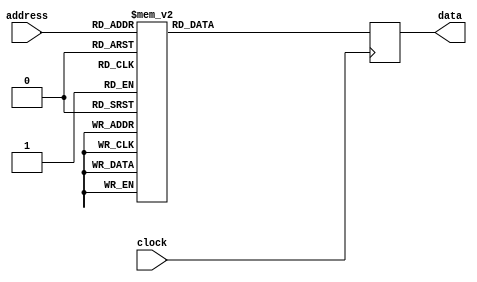
`default_nettype none 
module charRom ( input wire        clock,
                 input wire [9:0] address,
                 output reg [7:0]  data);

  always @(posedge clock)
  begin
    case (address)
      10'h008 : data <= 8'h7E;
      10'h009 : data <= 8'h81;
      10'h00A : data <= 8'hA5;
      10'h00B : data <= 8'h81;
      10'h00C : data <= 8'hBD;
      10'h00D : data <= 8'h99;
      10'h00E : data <= 8'h81;
      10'h00F : data <= 8'h7E;
      10'h010 : data <= 8'h7E;
      10'h011 : data <= 8'hFF;
      10'h012 : data <= 8'hDB;
      10'h013 : data <= 8'hFF;
      10'h014 : data <= 8'hC3;
      10'h015 : data <= 8'hE7;
      10'h016 : data <= 8'hFF;
      10'h017 : data <= 8'h7E;
      10'h018 : data <= 8'h44;
      10'h019 : data <= 8'hEE;
      10'h01A : data <= 8'hFE;
      10'h01B : data <= 8'hFE;
      10'h01C : data <= 8'h7C;
      10'h01D : data <= 8'h38;
      10'h01E : data <= 8'h10;
      10'h020 : data <= 8'h10;
      10'h021 : data <= 8'h38;
      10'h022 : data <= 8'h7C;
      10'h023 : data <= 8'hFE;
      10'h024 : data <= 8'h7C;
      10'h025 : data <= 8'h38;
      10'h026 : data <= 8'h10;
      10'h028 : data <= 8'h18;
      10'h029 : data <= 8'h3C;
      10'h02A : data <= 8'hDB;
      10'h02B : data <= 8'hFF;
      10'h02C : data <= 8'hDB;
      10'h02D : data <= 8'h18;
      10'h02E : data <= 8'h3C;
      10'h030 : data <= 8'h18;
      10'h031 : data <= 8'h3C;
      10'h032 : data <= 8'h7E;
      10'h033 : data <= 8'hFF;
      10'h034 : data <= 8'h7E;
      10'h035 : data <= 8'h18;
      10'h036 : data <= 8'h3C;
      10'h03A : data <= 8'h3C;
      10'h03B : data <= 8'h3C;
      10'h03C : data <= 8'h3C;
      10'h03D : data <= 8'h3C;
      10'h040 : data <= 8'hFF;
      10'h041 : data <= 8'hFF;
      10'h042 : data <= 8'hC3;
      10'h043 : data <= 8'hC3;
      10'h044 : data <= 8'hC3;
      10'h045 : data <= 8'hC3;
      10'h046 : data <= 8'hFF;
      10'h047 : data <= 8'hFF;
      10'h049 : data <= 8'h7E;
      10'h04A : data <= 8'h42;
      10'h04B : data <= 8'h42;
      10'h04C : data <= 8'h42;
      10'h04D : data <= 8'h42;
      10'h04E : data <= 8'h7E;
      10'h050 : data <= 8'hFF;
      10'h051 : data <= 8'h81;
      10'h052 : data <= 8'hBD;
      10'h053 : data <= 8'hBD;
      10'h054 : data <= 8'hBD;
      10'h055 : data <= 8'hBD;
      10'h056 : data <= 8'h81;
      10'h057 : data <= 8'hFF;
      10'h058 : data <= 8'h0F;
      10'h059 : data <= 8'h07;
      10'h05A : data <= 8'h07;
      10'h05B : data <= 8'h7D;
      10'h05C : data <= 8'hCC;
      10'h05D : data <= 8'hCC;
      10'h05E : data <= 8'hCC;
      10'h05F : data <= 8'h78;
      10'h060 : data <= 8'h78;
      10'h061 : data <= 8'hCC;
      10'h062 : data <= 8'hCC;
      10'h063 : data <= 8'hCC;
      10'h064 : data <= 8'h78;
      10'h065 : data <= 8'h30;
      10'h066 : data <= 8'hFC;
      10'h067 : data <= 8'h30;
      10'h068 : data <= 8'h1F;
      10'h069 : data <= 8'h33;
      10'h06A : data <= 8'h3F;
      10'h06B : data <= 8'h30;
      10'h06C : data <= 8'h30;
      10'h06D : data <= 8'h70;
      10'h06E : data <= 8'hF0;
      10'h06F : data <= 8'hE0;
      10'h070 : data <= 8'h3F;
      10'h071 : data <= 8'h63;
      10'h072 : data <= 8'h7F;
      10'h073 : data <= 8'h63;
      10'h074 : data <= 8'h63;
      10'h075 : data <= 8'h67;
      10'h076 : data <= 8'hE6;
      10'h077 : data <= 8'hC0;
      10'h078 : data <= 8'hDB;
      10'h079 : data <= 8'hDB;
      10'h07A : data <= 8'h3C;
      10'h07B : data <= 8'hE7;
      10'h07C : data <= 8'hE7;
      10'h07D : data <= 8'h3C;
      10'h07E : data <= 8'hDB;
      10'h07F : data <= 8'hDB;
      10'h080 : data <= 8'hC0;
      10'h081 : data <= 8'hF0;
      10'h082 : data <= 8'hF8;
      10'h083 : data <= 8'hFE;
      10'h084 : data <= 8'hF8;
      10'h085 : data <= 8'hF0;
      10'h086 : data <= 8'hC0;
      10'h088 : data <= 8'h06;
      10'h089 : data <= 8'h1E;
      10'h08A : data <= 8'h3E;
      10'h08B : data <= 8'hFE;
      10'h08C : data <= 8'h3E;
      10'h08D : data <= 8'h1E;
      10'h08E : data <= 8'h06;
      10'h090 : data <= 8'h30;
      10'h091 : data <= 8'h78;
      10'h092 : data <= 8'hFC;
      10'h093 : data <= 8'h30;
      10'h094 : data <= 8'h30;
      10'h095 : data <= 8'hFC;
      10'h096 : data <= 8'h78;
      10'h097 : data <= 8'h30;
      10'h098 : data <= 8'h6C;
      10'h099 : data <= 8'h6C;
      10'h09A : data <= 8'h6C;
      10'h09B : data <= 8'h6C;
      10'h09C : data <= 8'h6C;
      10'h09E : data <= 8'h6C;
      10'h0A0 : data <= 8'h7F;
      10'h0A1 : data <= 8'hDB;
      10'h0A2 : data <= 8'hDB;
      10'h0A3 : data <= 8'hDB;
      10'h0A4 : data <= 8'h7B;
      10'h0A5 : data <= 8'h1B;
      10'h0A6 : data <= 8'h1B;
      10'h0A8 : data <= 8'h3C;
      10'h0A9 : data <= 8'h60;
      10'h0AA : data <= 8'h3C;
      10'h0AB : data <= 8'h66;
      10'h0AC : data <= 8'h66;
      10'h0AD : data <= 8'h3C;
      10'h0AE : data <= 8'h06;
      10'h0AF : data <= 8'h3C;
      10'h0B4 : data <= 8'hFE;
      10'h0B5 : data <= 8'hFE;
      10'h0B6 : data <= 8'hFE;
      10'h0B8 : data <= 8'h18;
      10'h0B9 : data <= 8'h3C;
      10'h0BA : data <= 8'h7E;
      10'h0BB : data <= 8'h18;
      10'h0BC : data <= 8'h7E;
      10'h0BD : data <= 8'h3C;
      10'h0BE : data <= 8'h18;
      10'h0BF : data <= 8'h7E;
      10'h0C0 : data <= 8'h30;
      10'h0C1 : data <= 8'h78;
      10'h0C2 : data <= 8'hFC;
      10'h0C3 : data <= 8'h30;
      10'h0C4 : data <= 8'h30;
      10'h0C5 : data <= 8'h30;
      10'h0C6 : data <= 8'h30;
      10'h0C8 : data <= 8'h30;
      10'h0C9 : data <= 8'h30;
      10'h0CA : data <= 8'h30;
      10'h0CB : data <= 8'h30;
      10'h0CC : data <= 8'hFC;
      10'h0CD : data <= 8'h78;
      10'h0CE : data <= 8'h30;
      10'h0D1 : data <= 8'h08;
      10'h0D2 : data <= 8'h0C;
      10'h0D3 : data <= 8'hFE;
      10'h0D4 : data <= 8'h0C;
      10'h0D5 : data <= 8'h08;
      10'h0D9 : data <= 8'h20;
      10'h0DA : data <= 8'h60;
      10'h0DB : data <= 8'hFE;
      10'h0DC : data <= 8'h60;
      10'h0DD : data <= 8'h20;
      10'h0E2 : data <= 8'hC0;
      10'h0E3 : data <= 8'hC0;
      10'h0E4 : data <= 8'hFE;
      10'h0E9 : data <= 8'h24;
      10'h0EA : data <= 8'h42;
      10'h0EB : data <= 8'hFF;
      10'h0EC : data <= 8'h42;
      10'h0ED : data <= 8'h24;
      10'h0F1 : data <= 8'h10;
      10'h0F2 : data <= 8'h38;
      10'h0F3 : data <= 8'h7C;
      10'h0F4 : data <= 8'hFE;
      10'h0F5 : data <= 8'hFE;
      10'h0F9 : data <= 8'hFE;
      10'h0FA : data <= 8'hFE;
      10'h0FB : data <= 8'h7C;
      10'h0FC : data <= 8'h38;
      10'h0FD : data <= 8'h10;
      10'h108 : data <= 8'h18;
      10'h109 : data <= 8'h18;
      10'h10A : data <= 8'h18;
      10'h10B : data <= 8'h18;
      10'h10C : data <= 8'h18;
      10'h10E : data <= 8'h18;
      10'h110 : data <= 8'hCC;
      10'h111 : data <= 8'hCC;
      10'h112 : data <= 8'hCC;
      10'h118 : data <= 8'h36;
      10'h119 : data <= 8'h6C;
      10'h11A : data <= 8'hFE;
      10'h11B : data <= 8'h6C;
      10'h11C : data <= 8'hFE;
      10'h11D : data <= 8'h6C;
      10'h11E : data <= 8'hD8;
      10'h120 : data <= 8'h18;
      10'h121 : data <= 8'h7E;
      10'h122 : data <= 8'hC0;
      10'h123 : data <= 8'h7C;
      10'h124 : data <= 8'h06;
      10'h125 : data <= 8'hFC;
      10'h126 : data <= 8'h30;
      10'h128 : data <= 8'hC2;
      10'h129 : data <= 8'hC6;
      10'h12A : data <= 8'h0C;
      10'h12B : data <= 8'h18;
      10'h12C : data <= 8'h30;
      10'h12D : data <= 8'h66;
      10'h12E : data <= 8'hC6;
      10'h130 : data <= 8'h38;
      10'h131 : data <= 8'h6C;
      10'h132 : data <= 8'h38;
      10'h133 : data <= 8'h70;
      10'h134 : data <= 8'hDE;
      10'h135 : data <= 8'hCC;
      10'h136 : data <= 8'h76;
      10'h138 : data <= 8'h30;
      10'h139 : data <= 8'h30;
      10'h13A : data <= 8'h60;
      10'h140 : data <= 8'h0C;
      10'h141 : data <= 8'h18;
      10'h142 : data <= 8'h30;
      10'h143 : data <= 8'h30;
      10'h144 : data <= 8'h30;
      10'h145 : data <= 8'h18;
      10'h146 : data <= 8'h0C;
      10'h148 : data <= 8'h30;
      10'h149 : data <= 8'h18;
      10'h14A : data <= 8'h0C;
      10'h14B : data <= 8'h0C;
      10'h14C : data <= 8'h0C;
      10'h14D : data <= 8'h18;
      10'h14E : data <= 8'h30;
      10'h151 : data <= 8'h6C;
      10'h152 : data <= 8'h38;
      10'h153 : data <= 8'hFE;
      10'h154 : data <= 8'h38;
      10'h155 : data <= 8'h6C;
      10'h159 : data <= 8'h18;
      10'h15A : data <= 8'h18;
      10'h15B : data <= 8'h7E;
      10'h15C : data <= 8'h18;
      10'h15D : data <= 8'h18;
      10'h165 : data <= 8'h18;
      10'h166 : data <= 8'h18;
      10'h167 : data <= 8'h30;
      10'h16B : data <= 8'h7E;
      10'h175 : data <= 8'h18;
      10'h176 : data <= 8'h18;
      10'h178 : data <= 8'h02;
      10'h179 : data <= 8'h06;
      10'h17A : data <= 8'h0C;
      10'h17B : data <= 8'h18;
      10'h17C : data <= 8'h30;
      10'h17D : data <= 8'h60;
      10'h17E : data <= 8'hC0;
      10'h180 : data <= 8'h7C;
      10'h181 : data <= 8'hCE;
      10'h182 : data <= 8'hDE;
      10'h183 : data <= 8'hF6;
      10'h184 : data <= 8'hE6;
      10'h185 : data <= 8'hC6;
      10'h186 : data <= 8'h7C;
      10'h188 : data <= 8'h18;
      10'h189 : data <= 8'h38;
      10'h18A : data <= 8'h18;
      10'h18B : data <= 8'h18;
      10'h18C : data <= 8'h18;
      10'h18D : data <= 8'h18;
      10'h18E : data <= 8'h7E;
      10'h190 : data <= 8'h7C;
      10'h191 : data <= 8'hC6;
      10'h192 : data <= 8'h06;
      10'h193 : data <= 8'h1C;
      10'h194 : data <= 8'h70;
      10'h195 : data <= 8'hC6;
      10'h196 : data <= 8'hFE;
      10'h198 : data <= 8'h7C;
      10'h199 : data <= 8'hC6;
      10'h19A : data <= 8'h06;
      10'h19B : data <= 8'h1C;
      10'h19C : data <= 8'h06;
      10'h19D : data <= 8'hC6;
      10'h19E : data <= 8'h7C;
      10'h1A0 : data <= 8'h1C;
      10'h1A1 : data <= 8'h3C;
      10'h1A2 : data <= 8'h6C;
      10'h1A3 : data <= 8'hCC;
      10'h1A4 : data <= 8'hFE;
      10'h1A5 : data <= 8'h0C;
      10'h1A6 : data <= 8'h0C;
      10'h1A8 : data <= 8'hFE;
      10'h1A9 : data <= 8'hC0;
      10'h1AA : data <= 8'hFC;
      10'h1AB : data <= 8'h06;
      10'h1AC : data <= 8'h06;
      10'h1AD : data <= 8'hC6;
      10'h1AE : data <= 8'h7C;
      10'h1B0 : data <= 8'h3C;
      10'h1B1 : data <= 8'h60;
      10'h1B2 : data <= 8'hC0;
      10'h1B3 : data <= 8'hFC;
      10'h1B4 : data <= 8'hC6;
      10'h1B5 : data <= 8'hC6;
      10'h1B6 : data <= 8'h7C;
      10'h1B8 : data <= 8'hFE;
      10'h1B9 : data <= 8'hC6;
      10'h1BA : data <= 8'h0C;
      10'h1BB : data <= 8'h18;
      10'h1BC : data <= 8'h30;
      10'h1BD : data <= 8'h30;
      10'h1BE : data <= 8'h30;
      10'h1C0 : data <= 8'h7C;
      10'h1C1 : data <= 8'hC6;
      10'h1C2 : data <= 8'hC6;
      10'h1C3 : data <= 8'h7C;
      10'h1C4 : data <= 8'hC6;
      10'h1C5 : data <= 8'hC6;
      10'h1C6 : data <= 8'h7C;
      10'h1C8 : data <= 8'h7C;
      10'h1C9 : data <= 8'hC6;
      10'h1CA : data <= 8'hC6;
      10'h1CB : data <= 8'h7E;
      10'h1CC : data <= 8'h06;
      10'h1CD : data <= 8'h0C;
      10'h1CE : data <= 8'h78;
      10'h1D1 : data <= 8'h18;
      10'h1D2 : data <= 8'h18;
      10'h1D5 : data <= 8'h18;
      10'h1D6 : data <= 8'h18;
      10'h1D9 : data <= 8'h18;
      10'h1DA : data <= 8'h18;
      10'h1DD : data <= 8'h18;
      10'h1DE : data <= 8'h18;
      10'h1DF : data <= 8'h30;
      10'h1E0 : data <= 8'h0C;
      10'h1E1 : data <= 8'h18;
      10'h1E2 : data <= 8'h30;
      10'h1E3 : data <= 8'h60;
      10'h1E4 : data <= 8'h30;
      10'h1E5 : data <= 8'h18;
      10'h1E6 : data <= 8'h0C;
      10'h1EA : data <= 8'h7E;
      10'h1ED : data <= 8'h7E;
      10'h1F0 : data <= 8'h30;
      10'h1F1 : data <= 8'h18;
      10'h1F2 : data <= 8'h0C;
      10'h1F3 : data <= 8'h06;
      10'h1F4 : data <= 8'h0C;
      10'h1F5 : data <= 8'h18;
      10'h1F6 : data <= 8'h30;
      10'h1F8 : data <= 8'h3C;
      10'h1F9 : data <= 8'h66;
      10'h1FA : data <= 8'h06;
      10'h1FB : data <= 8'h0C;
      10'h1FC : data <= 8'h18;
      10'h1FE : data <= 8'h18;
      10'h200 : data <= 8'h7C;
      10'h201 : data <= 8'hC6;
      10'h202 : data <= 8'hDE;
      10'h203 : data <= 8'hDE;
      10'h204 : data <= 8'hDE;
      10'h205 : data <= 8'hC0;
      10'h206 : data <= 8'h7C;
      10'h208 : data <= 8'h38;
      10'h209 : data <= 8'h6C;
      10'h20A : data <= 8'hC6;
      10'h20B : data <= 8'hC6;
      10'h20C : data <= 8'hFE;
      10'h20D : data <= 8'hC6;
      10'h20E : data <= 8'hC6;
      10'h210 : data <= 8'hFC;
      10'h211 : data <= 8'h6E;
      10'h212 : data <= 8'h66;
      10'h213 : data <= 8'h7C;
      10'h214 : data <= 8'h66;
      10'h215 : data <= 8'h6E;
      10'h216 : data <= 8'hFC;
      10'h218 : data <= 8'h3E;
      10'h219 : data <= 8'h62;
      10'h21A : data <= 8'hC0;
      10'h21B : data <= 8'hC0;
      10'h21C : data <= 8'hC0;
      10'h21D : data <= 8'h62;
      10'h21E : data <= 8'h3E;
      10'h220 : data <= 8'hF8;
      10'h221 : data <= 8'h6E;
      10'h222 : data <= 8'h66;
      10'h223 : data <= 8'h66;
      10'h224 : data <= 8'h66;
      10'h225 : data <= 8'h6E;
      10'h226 : data <= 8'hF8;
      10'h228 : data <= 8'hFE;
      10'h229 : data <= 8'h62;
      10'h22A : data <= 8'h60;
      10'h22B : data <= 8'h78;
      10'h22C : data <= 8'h60;
      10'h22D : data <= 8'h62;
      10'h22E : data <= 8'hFE;
      10'h230 : data <= 8'hFE;
      10'h231 : data <= 8'h62;
      10'h232 : data <= 8'h60;
      10'h233 : data <= 8'h78;
      10'h234 : data <= 8'h60;
      10'h235 : data <= 8'h60;
      10'h236 : data <= 8'hF0;
      10'h238 : data <= 8'h3E;
      10'h239 : data <= 8'h62;
      10'h23A : data <= 8'hC0;
      10'h23B : data <= 8'hC0;
      10'h23C : data <= 8'hCE;
      10'h23D : data <= 8'h66;
      10'h23E : data <= 8'h3E;
      10'h240 : data <= 8'hC6;
      10'h241 : data <= 8'hC6;
      10'h242 : data <= 8'hC6;
      10'h243 : data <= 8'hFE;
      10'h244 : data <= 8'hC6;
      10'h245 : data <= 8'hC6;
      10'h246 : data <= 8'hC6;
      10'h248 : data <= 8'h3C;
      10'h249 : data <= 8'h18;
      10'h24A : data <= 8'h18;
      10'h24B : data <= 8'h18;
      10'h24C : data <= 8'h18;
      10'h24D : data <= 8'h18;
      10'h24E : data <= 8'h3C;
      10'h250 : data <= 8'h1E;
      10'h251 : data <= 8'h0C;
      10'h252 : data <= 8'h0C;
      10'h253 : data <= 8'h0C;
      10'h254 : data <= 8'h0C;
      10'h255 : data <= 8'hCC;
      10'h256 : data <= 8'h78;
      10'h258 : data <= 8'hE6;
      10'h259 : data <= 8'h66;
      10'h25A : data <= 8'h6C;
      10'h25B : data <= 8'h78;
      10'h25C : data <= 8'h78;
      10'h25D : data <= 8'h6C;
      10'h25E : data <= 8'hE6;
      10'h260 : data <= 8'hF0;
      10'h261 : data <= 8'h60;
      10'h262 : data <= 8'h60;
      10'h263 : data <= 8'h60;
      10'h264 : data <= 8'h60;
      10'h265 : data <= 8'h66;
      10'h266 : data <= 8'hFE;
      10'h268 : data <= 8'hC6;
      10'h269 : data <= 8'hEE;
      10'h26A : data <= 8'hFE;
      10'h26B : data <= 8'hD6;
      10'h26C : data <= 8'hC6;
      10'h26D : data <= 8'hC6;
      10'h26E : data <= 8'hC6;
      10'h270 : data <= 8'hC6;
      10'h271 : data <= 8'hE6;
      10'h272 : data <= 8'hF6;
      10'h273 : data <= 8'hFE;
      10'h274 : data <= 8'hDE;
      10'h275 : data <= 8'hCE;
      10'h276 : data <= 8'hC6;
      10'h278 : data <= 8'h7C;
      10'h279 : data <= 8'hC6;
      10'h27A : data <= 8'hC6;
      10'h27B : data <= 8'hC6;
      10'h27C : data <= 8'hC6;
      10'h27D : data <= 8'hC6;
      10'h27E : data <= 8'h7C;
      10'h280 : data <= 8'hFC;
      10'h281 : data <= 8'h66;
      10'h282 : data <= 8'h66;
      10'h283 : data <= 8'h7C;
      10'h284 : data <= 8'h60;
      10'h285 : data <= 8'h60;
      10'h286 : data <= 8'hE0;
      10'h288 : data <= 8'h7C;
      10'h289 : data <= 8'hC6;
      10'h28A : data <= 8'hC6;
      10'h28B : data <= 8'hD6;
      10'h28C : data <= 8'hDE;
      10'h28D : data <= 8'h7C;
      10'h28E : data <= 8'h06;
      10'h290 : data <= 8'hFC;
      10'h291 : data <= 8'h66;
      10'h292 : data <= 8'h66;
      10'h293 : data <= 8'h7C;
      10'h294 : data <= 8'h78;
      10'h295 : data <= 8'h6C;
      10'h296 : data <= 8'hE6;
      10'h298 : data <= 8'h7C;
      10'h299 : data <= 8'hC6;
      10'h29A : data <= 8'hE0;
      10'h29B : data <= 8'h38;
      10'h29C : data <= 8'h0E;
      10'h29D : data <= 8'hC6;
      10'h29E : data <= 8'h7C;
      10'h2A0 : data <= 8'h7E;
      10'h2A1 : data <= 8'h5A;
      10'h2A2 : data <= 8'h18;
      10'h2A3 : data <= 8'h18;
      10'h2A4 : data <= 8'h18;
      10'h2A5 : data <= 8'h18;
      10'h2A6 : data <= 8'h3C;
      10'h2A8 : data <= 8'h66;
      10'h2A9 : data <= 8'h66;
      10'h2AA : data <= 8'h66;
      10'h2AB : data <= 8'h66;
      10'h2AC : data <= 8'h66;
      10'h2AD : data <= 8'h66;
      10'h2AE : data <= 8'h3C;
      10'h2B0 : data <= 8'h66;
      10'h2B1 : data <= 8'h66;
      10'h2B2 : data <= 8'h66;
      10'h2B3 : data <= 8'h66;
      10'h2B4 : data <= 8'h66;
      10'h2B5 : data <= 8'h3C;
      10'h2B6 : data <= 8'h18;
      10'h2B8 : data <= 8'hC6;
      10'h2B9 : data <= 8'hC6;
      10'h2BA : data <= 8'hC6;
      10'h2BB : data <= 8'hD6;
      10'h2BC : data <= 8'hFE;
      10'h2BD : data <= 8'hFE;
      10'h2BE : data <= 8'hC6;
      10'h2C0 : data <= 8'hC6;
      10'h2C1 : data <= 8'h6C;
      10'h2C2 : data <= 8'h38;
      10'h2C3 : data <= 8'h38;
      10'h2C4 : data <= 8'h6C;
      10'h2C5 : data <= 8'hC6;
      10'h2C6 : data <= 8'hC6;
      10'h2C8 : data <= 8'h66;
      10'h2C9 : data <= 8'h66;
      10'h2CA : data <= 8'h66;
      10'h2CB : data <= 8'h3C;
      10'h2CC : data <= 8'h18;
      10'h2CD : data <= 8'h18;
      10'h2CE : data <= 8'h3C;
      10'h2D0 : data <= 8'hFE;
      10'h2D1 : data <= 8'hCC;
      10'h2D2 : data <= 8'h18;
      10'h2D3 : data <= 8'h30;
      10'h2D4 : data <= 8'h60;
      10'h2D5 : data <= 8'hC6;
      10'h2D6 : data <= 8'hFE;
      10'h2D8 : data <= 8'h3C;
      10'h2D9 : data <= 8'h30;
      10'h2DA : data <= 8'h30;
      10'h2DB : data <= 8'h30;
      10'h2DC : data <= 8'h30;
      10'h2DD : data <= 8'h30;
      10'h2DE : data <= 8'h3C;
      10'h2E0 : data <= 8'h80;
      10'h2E1 : data <= 8'hC0;
      10'h2E2 : data <= 8'h60;
      10'h2E3 : data <= 8'h30;
      10'h2E4 : data <= 8'h18;
      10'h2E5 : data <= 8'h0C;
      10'h2E6 : data <= 8'h06;
      10'h2E8 : data <= 8'h3C;
      10'h2E9 : data <= 8'h0C;
      10'h2EA : data <= 8'h0C;
      10'h2EB : data <= 8'h0C;
      10'h2EC : data <= 8'h0C;
      10'h2ED : data <= 8'h0C;
      10'h2EE : data <= 8'h3C;
      10'h2F0 : data <= 8'h18;
      10'h2F1 : data <= 8'h3C;
      10'h2F2 : data <= 8'h66;
      10'h2FF : data <= 8'hFF;
      10'h300 : data <= 8'h18;
      10'h301 : data <= 8'h18;
      10'h302 : data <= 8'h0C;
      10'h30A : data <= 8'h38;
      10'h30B : data <= 8'h0C;
      10'h30C : data <= 8'h7C;
      10'h30D : data <= 8'hCC;
      10'h30E : data <= 8'h76;
      10'h310 : data <= 8'h60;
      10'h311 : data <= 8'h60;
      10'h312 : data <= 8'h60;
      10'h313 : data <= 8'h7C;
      10'h314 : data <= 8'h66;
      10'h315 : data <= 8'h66;
      10'h316 : data <= 8'hDC;
      10'h31A : data <= 8'h7C;
      10'h31B : data <= 8'hC4;
      10'h31C : data <= 8'hC0;
      10'h31D : data <= 8'hC4;
      10'h31E : data <= 8'h7C;
      10'h320 : data <= 8'h0C;
      10'h321 : data <= 8'h0C;
      10'h322 : data <= 8'h0C;
      10'h323 : data <= 8'h7C;
      10'h324 : data <= 8'hCC;
      10'h325 : data <= 8'hCC;
      10'h326 : data <= 8'h76;
      10'h32A : data <= 8'h78;
      10'h32B : data <= 8'hCC;
      10'h32C : data <= 8'hFC;
      10'h32D : data <= 8'hC0;
      10'h32E : data <= 8'h7C;
      10'h330 : data <= 8'h38;
      10'h331 : data <= 8'h6C;
      10'h332 : data <= 8'h60;
      10'h333 : data <= 8'hF8;
      10'h334 : data <= 8'h60;
      10'h335 : data <= 8'h60;
      10'h336 : data <= 8'hE0;
      10'h33A : data <= 8'h76;
      10'h33B : data <= 8'hCC;
      10'h33C : data <= 8'hCC;
      10'h33D : data <= 8'h7C;
      10'h33E : data <= 8'h0C;
      10'h33F : data <= 8'h7C;
      10'h340 : data <= 8'hE0;
      10'h341 : data <= 8'h60;
      10'h342 : data <= 8'h60;
      10'h343 : data <= 8'h7C;
      10'h344 : data <= 8'h66;
      10'h345 : data <= 8'h66;
      10'h346 : data <= 8'h66;
      10'h348 : data <= 8'h30;
      10'h34A : data <= 8'h70;
      10'h34B : data <= 8'h30;
      10'h34C : data <= 8'h30;
      10'h34D : data <= 8'h30;
      10'h34E : data <= 8'h38;
      10'h350 : data <= 8'h0C;
      10'h352 : data <= 8'h1C;
      10'h353 : data <= 8'h0C;
      10'h354 : data <= 8'h0C;
      10'h355 : data <= 8'hCC;
      10'h356 : data <= 8'hCC;
      10'h357 : data <= 8'h78;
      10'h358 : data <= 8'hE0;
      10'h359 : data <= 8'h60;
      10'h35A : data <= 8'h66;
      10'h35B : data <= 8'h6C;
      10'h35C : data <= 8'h78;
      10'h35D : data <= 8'h6C;
      10'h35E : data <= 8'h66;
      10'h360 : data <= 8'h70;
      10'h361 : data <= 8'h30;
      10'h362 : data <= 8'h30;
      10'h363 : data <= 8'h30;
      10'h364 : data <= 8'h30;
      10'h365 : data <= 8'h30;
      10'h366 : data <= 8'h38;
      10'h36A : data <= 8'hCC;
      10'h36B : data <= 8'hFE;
      10'h36C : data <= 8'hD6;
      10'h36D : data <= 8'hC6;
      10'h36E : data <= 8'hC6;
      10'h372 : data <= 8'hDC;
      10'h373 : data <= 8'h66;
      10'h374 : data <= 8'h66;
      10'h375 : data <= 8'h66;
      10'h376 : data <= 8'h66;
      10'h37A : data <= 8'h3C;
      10'h37B : data <= 8'h66;
      10'h37C : data <= 8'h66;
      10'h37D : data <= 8'h66;
      10'h37E : data <= 8'h3C;
      10'h382 : data <= 8'hDC;
      10'h383 : data <= 8'h66;
      10'h384 : data <= 8'h66;
      10'h385 : data <= 8'h7C;
      10'h386 : data <= 8'h60;
      10'h387 : data <= 8'hE0;
      10'h38A : data <= 8'h76;
      10'h38B : data <= 8'hCC;
      10'h38C : data <= 8'hCC;
      10'h38D : data <= 8'h7C;
      10'h38E : data <= 8'h0C;
      10'h38F : data <= 8'h0E;
      10'h392 : data <= 8'hDC;
      10'h393 : data <= 8'h76;
      10'h394 : data <= 8'h60;
      10'h395 : data <= 8'h60;
      10'h396 : data <= 8'h60;
      10'h39A : data <= 8'h78;
      10'h39B : data <= 8'hC0;
      10'h39C : data <= 8'h78;
      10'h39D : data <= 8'h0C;
      10'h39E : data <= 8'h78;
      10'h3A0 : data <= 8'h10;
      10'h3A1 : data <= 8'h30;
      10'h3A2 : data <= 8'h78;
      10'h3A3 : data <= 8'h30;
      10'h3A4 : data <= 8'h30;
      10'h3A5 : data <= 8'h34;
      10'h3A6 : data <= 8'h18;
      10'h3AA : data <= 8'hCC;
      10'h3AB : data <= 8'hCC;
      10'h3AC : data <= 8'hCC;
      10'h3AD : data <= 8'hCC;
      10'h3AE : data <= 8'h76;
      10'h3B2 : data <= 8'h66;
      10'h3B3 : data <= 8'h66;
      10'h3B4 : data <= 8'h66;
      10'h3B5 : data <= 8'h3C;
      10'h3B6 : data <= 8'h18;
      10'h3BA : data <= 8'hC6;
      10'h3BB : data <= 8'hC6;
      10'h3BC : data <= 8'hD6;
      10'h3BD : data <= 8'hFE;
      10'h3BE : data <= 8'h6C;
      10'h3C2 : data <= 8'hCC;
      10'h3C3 : data <= 8'h78;
      10'h3C4 : data <= 8'h30;
      10'h3C5 : data <= 8'h78;
      10'h3C6 : data <= 8'hCC;
      10'h3CA : data <= 8'hCC;
      10'h3CB : data <= 8'hCC;
      10'h3CC : data <= 8'hCC;
      10'h3CD : data <= 8'h7C;
      10'h3CE : data <= 8'h0C;
      10'h3CF : data <= 8'h7C;
      10'h3D2 : data <= 8'hFC;
      10'h3D3 : data <= 8'h18;
      10'h3D4 : data <= 8'h30;
      10'h3D5 : data <= 8'h60;
      10'h3D6 : data <= 8'hFC;
      10'h3D8 : data <= 8'h0E;
      10'h3D9 : data <= 8'h18;
      10'h3DA : data <= 8'h18;
      10'h3DB : data <= 8'h70;
      10'h3DC : data <= 8'h18;
      10'h3DD : data <= 8'h18;
      10'h3DE : data <= 8'h0E;
      10'h3E0 : data <= 8'h30;
      10'h3E1 : data <= 8'h30;
      10'h3E2 : data <= 8'h30;
      10'h3E4 : data <= 8'h30;
      10'h3E5 : data <= 8'h30;
      10'h3E6 : data <= 8'h30;
      10'h3E8 : data <= 8'h70;
      10'h3E9 : data <= 8'h18;
      10'h3EA : data <= 8'h18;
      10'h3EB : data <= 8'h0E;
      10'h3EC : data <= 8'h18;
      10'h3ED : data <= 8'h18;
      10'h3EE : data <= 8'h70;
      10'h3F1 : data <= 8'h76;
      10'h3F2 : data <= 8'hDC;
      10'h3F8 : data <= 8'h10;
      10'h3F9 : data <= 8'h38;
      10'h3FA : data <= 8'h6C;
      10'h3FB : data <= 8'hC6;
      10'h3FC : data <= 8'hC6;
      10'h3FD : data <= 8'hC6;
      10'h3FE : data <= 8'hFE;
      default : data <= 8'h00;
    endcase
  end
endmodule